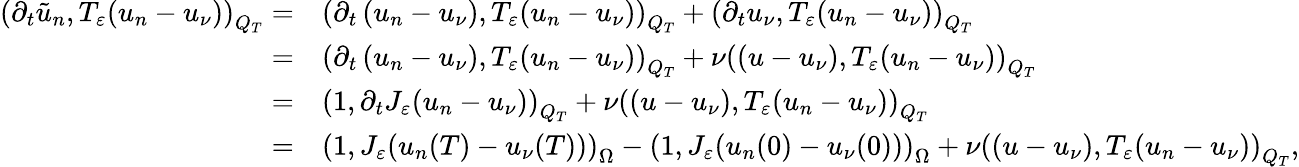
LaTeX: \begin{array}{rl}{\left(\partial_{t}\tilde{u}_{n},T_{\varepsilon}(u_{n}-u_{\nu})\right)_{Q_{T}}=}&{\left(\partial_{t}\left(u_{n}-u_{\nu}\right),T_{\varepsilon}(u_{n}-u_{\nu})\right)_{Q_{T}}+\left(\partial_{t}u_{\nu},T_{\varepsilon}(u_{n}-u_{\nu})\right)_{Q_{T}}}\\ {=}&{\left(\partial_{t}\left(u_{n}-u_{\nu}\right),T_{\varepsilon}(u_{n}-u_{\nu})\right)_{Q_{T}}+\nu\left(\left(u-u_{\nu}\right),T_{\varepsilon}(u_{n}-u_{\nu})\right)_{Q_{T}}}\\ {=}&{\left(1,\partial_{t}J_{\varepsilon}(u_{n}-u_{\nu})\right)_{Q_{T}}+\nu\left(\left(u-u_{\nu}\right),T_{\varepsilon}(u_{n}-u_{\nu})\right)_{Q_{T}}}\\ {=}&{\left(1,J_{\varepsilon}(u_{n}(T)-u_{\nu}(T))\right)_{\Omega}-\left(1,J_{\varepsilon}(u_{n}(0)-u_{\nu}(0))\right)_{\Omega}+\nu\left(\left(u-u_{\nu}\right),T_{\varepsilon}(u_{n}-u_{\nu})\right)_{Q_{T}},}\end{array}